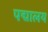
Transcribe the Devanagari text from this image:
पद्मालय